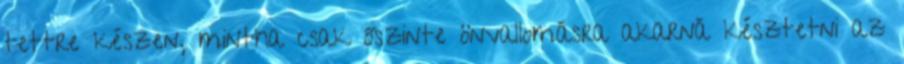
tettre készen, mintha csak őszinte önvallomásra akarná késztetni az